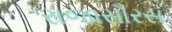
રાજાસૌરસ